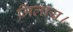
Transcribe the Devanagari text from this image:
मिलाय।